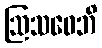
ဩသဓေဘိ